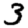
Digit: 3